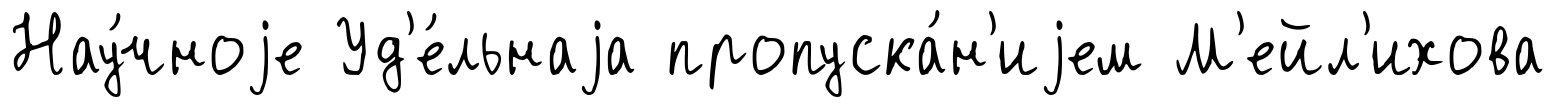
Нау́чноjе Уд'е́льнаjа пропуска́н'иjем М'ейл'ихова